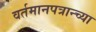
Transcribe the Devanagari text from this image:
वर्तमानपत्रान्च्या